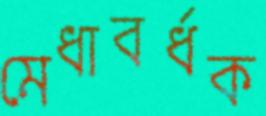
মেধাবর্ধক